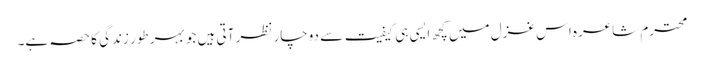
محترم شاعرہ اس غزل میں کچھ ایسی ہی کیفیت سے دوچار نظر آتی ہیں جو بہر طور زندگی کا حصہ ہے۔